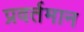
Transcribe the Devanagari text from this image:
प्रवर्तमान